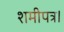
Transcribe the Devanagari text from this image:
शमीपत्र।